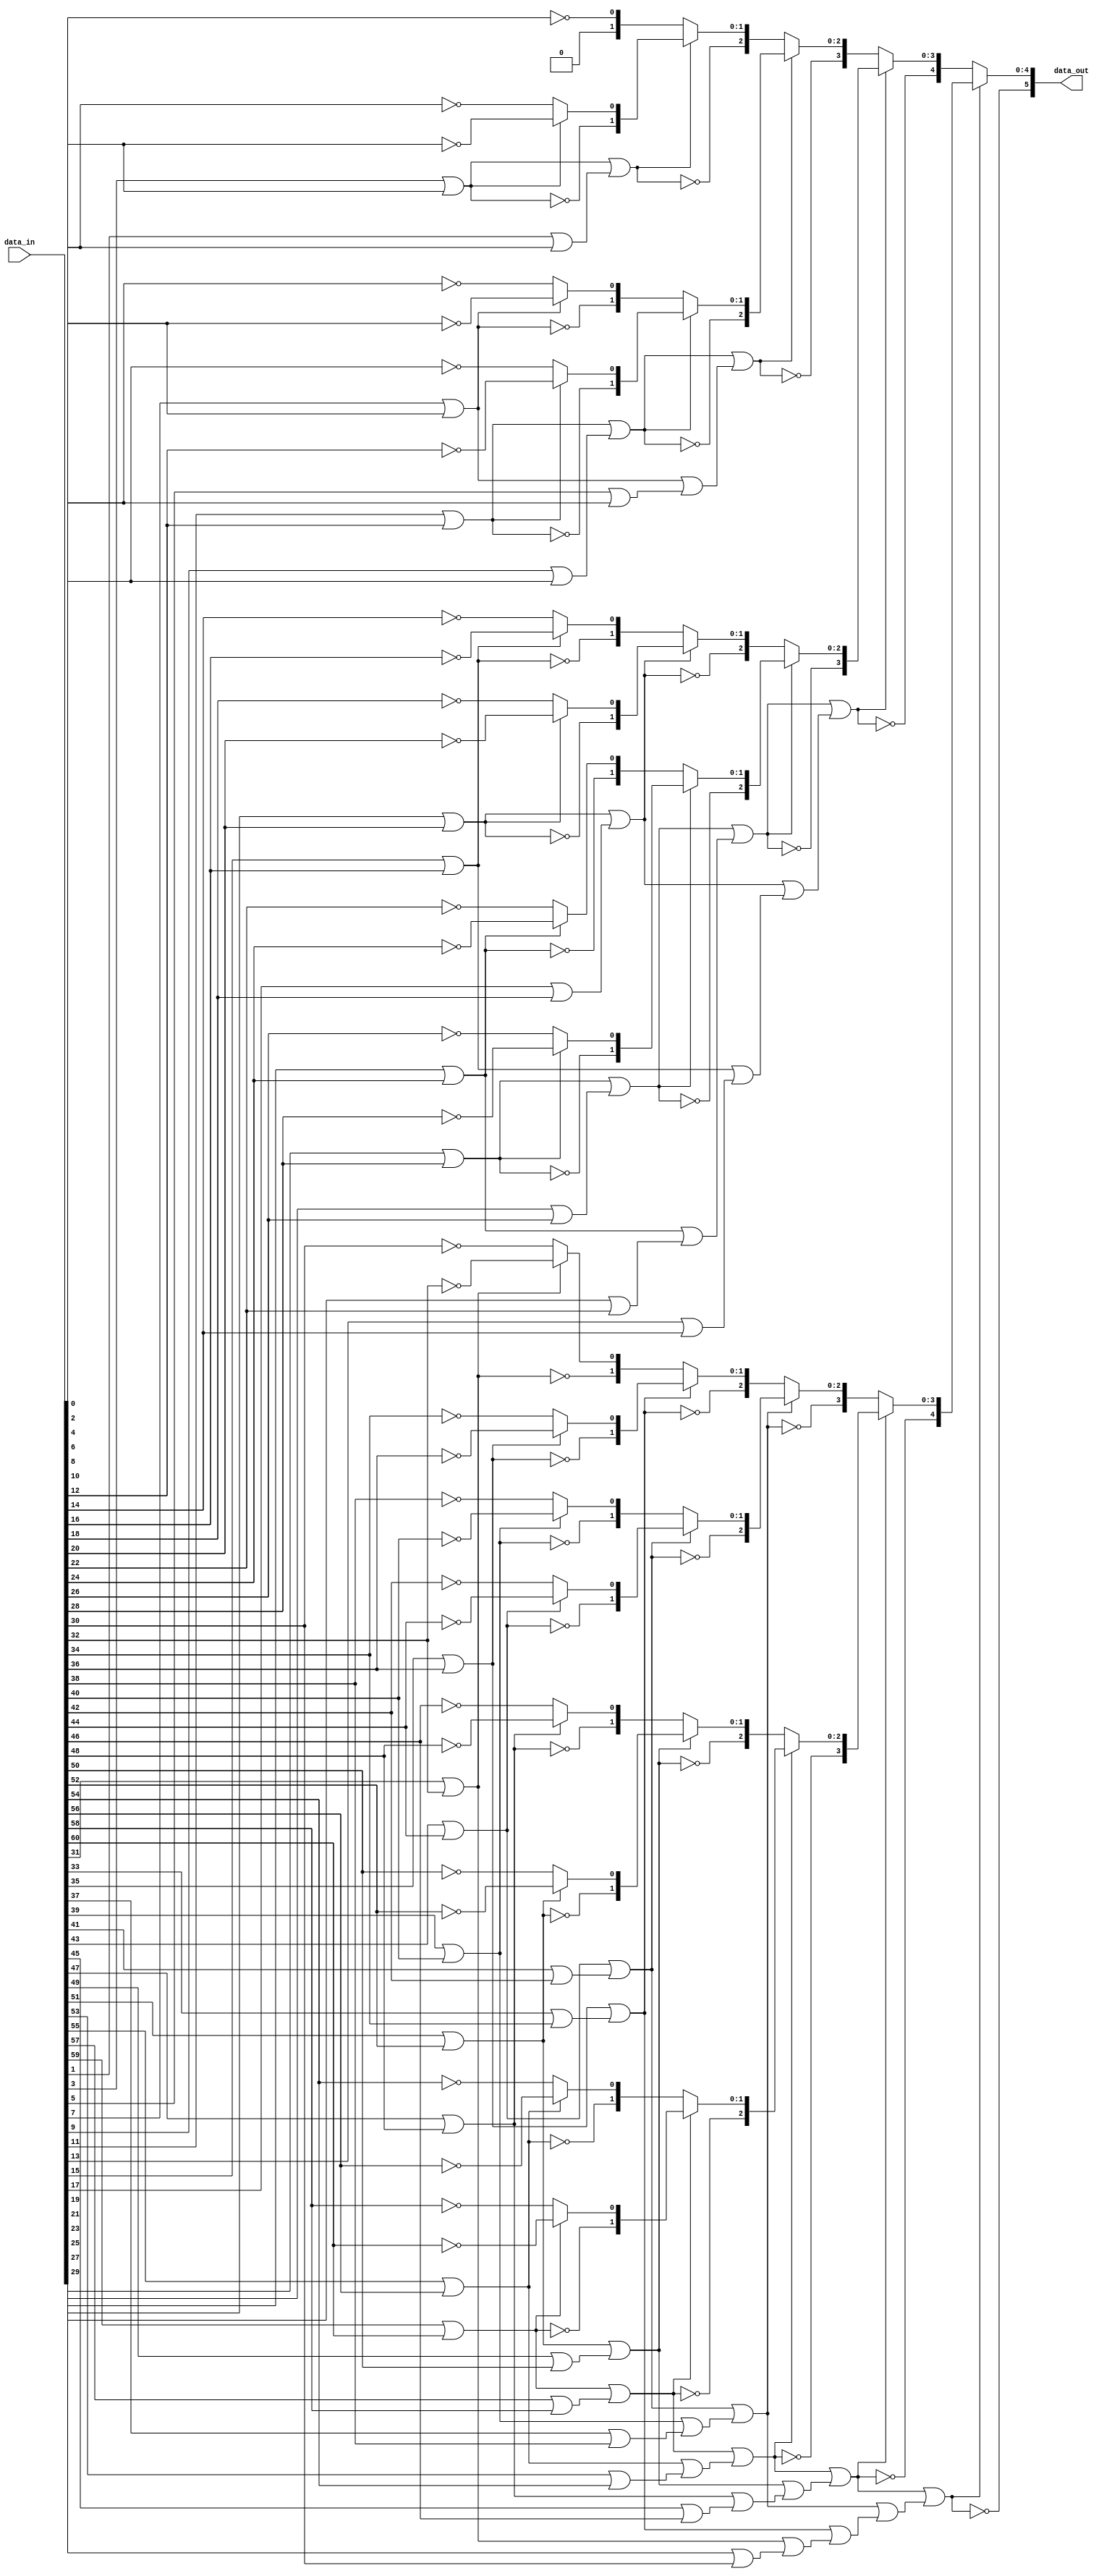

/** @module : gaussian_lzd.v - eading zero detector of 61-bit number
 *  @author : Secure Trusted and Assured Microelectronics (STAM) Center

 *  Copyright (c) 2023 PQC.Secure (STAM/SCAI/ASU)
 *  Permission is hereby granted, free of charge, to any person obtaining a copy
 *  of this software and associated documentation files (the "Software"), to deal
 *  in the Software without restriction, including without limitation the rights
 *  to use, copy, modify, merge, publish, distribute, sublicense, and/or sell
 *  copies of the Software, and to permit persons to whom the Software is
 *  furnished to do so, subject to the following conditions:
 *  The above copyright notice and this permission notice shall be included in
 *  all copies or substantial portions of the Software.

 *  THE SOFTWARE IS PROVIDED "AS IS", WITHOUT WARRANTY OF ANY KIND, EXPRESS OR
 *  IMPLIED, INCLUDING BUT NOT LIMITED TO THE WARRANTIES OF MERCHANTABILITY,
 *  FITNESS FOR A PARTICULAR PURPOSE AND NONINFRINGEMENT. IN NO EVENT SHALL THE
 *  AUTHORS OR COPYRIGHT HOLDERS BE LIABLE FOR ANY CLAIM, DAMAGES OR OTHER
 *  LIABILITY, WHETHER IN AN ACTION OF CONTRACT, TORT OR OTHERWISE, ARISING FROM,
 *  OUT OF OR IN CONNECTION WITH THE SOFTWARE OR THE USE OR OTHER DEALINGS IN
 *  THE SOFTWARE.
 */

`timescale 1 ns / 1 ps


module gaussian_lzd (
    // Data interface
    input [60:0] data_in,        // input data
    output [5:0] data_out        // output number of leading zeros
);

// Local variables
wire [63:0] d;
wire p1 [31:0];
wire [31:0] v1;
wire [1:0] p2 [15:0];
wire [15:0] v2;
wire [2:0] p3 [7:0];
wire [7:0] v3;
wire [3:0] p4 [3:0];
wire [3:0] v4;
wire [4:0] p5 [1:0];
wire [1:0] v5;
wire [5:0] p6;


// Parallel structure
assign d = {data_in, 3'b111};    // fill last 3 bits with '1'

assign p1[0 ] = ~d[1 ];
assign p1[1 ] = ~d[3 ];
assign p1[2 ] = ~d[5 ];
assign p1[3 ] = ~d[7 ];
assign p1[4 ] = ~d[9 ];
assign p1[5 ] = ~d[11];
assign p1[6 ] = ~d[13];
assign p1[7 ] = ~d[15];
assign p1[8 ] = ~d[17];
assign p1[9 ] = ~d[19];
assign p1[10] = ~d[21];
assign p1[11] = ~d[23];
assign p1[12] = ~d[25];
assign p1[13] = ~d[27];
assign p1[14] = ~d[29];
assign p1[15] = ~d[31];
assign p1[16] = ~d[33];
assign p1[17] = ~d[35];
assign p1[18] = ~d[37];
assign p1[19] = ~d[39];
assign p1[20] = ~d[41];
assign p1[21] = ~d[43];
assign p1[22] = ~d[45];
assign p1[23] = ~d[47];
assign p1[24] = ~d[49];
assign p1[25] = ~d[51];
assign p1[26] = ~d[53];
assign p1[27] = ~d[55];
assign p1[28] = ~d[57];
assign p1[29] = ~d[59];
assign p1[30] = ~d[61];
assign p1[31] = ~d[63];
assign v1[0 ] = d[0 ] | d[1 ];
assign v1[1 ] = d[2 ] | d[3 ];
assign v1[2 ] = d[4 ] | d[5 ];
assign v1[3 ] = d[6 ] | d[7 ];
assign v1[4 ] = d[8 ] | d[9 ];
assign v1[5 ] = d[10] | d[11];
assign v1[6 ] = d[12] | d[13];
assign v1[7 ] = d[14] | d[15];
assign v1[8 ] = d[16] | d[17];
assign v1[9 ] = d[18] | d[19];
assign v1[10] = d[20] | d[21];
assign v1[11] = d[22] | d[23];
assign v1[12] = d[24] | d[25];
assign v1[13] = d[26] | d[27];
assign v1[14] = d[28] | d[29];
assign v1[15] = d[30] | d[31];
assign v1[16] = d[32] | d[33];
assign v1[17] = d[34] | d[35];
assign v1[18] = d[36] | d[37];
assign v1[19] = d[38] | d[39];
assign v1[20] = d[40] | d[41];
assign v1[21] = d[42] | d[43];
assign v1[22] = d[44] | d[45];
assign v1[23] = d[46] | d[47];
assign v1[24] = d[48] | d[49];
assign v1[25] = d[50] | d[51];
assign v1[26] = d[52] | d[53];
assign v1[27] = d[54] | d[55];
assign v1[28] = d[56] | d[57];
assign v1[29] = d[58] | d[59];
assign v1[30] = d[60] | d[61];
assign v1[31] = d[62] | d[63];

assign p2[0 ] = {~v1[1 ], (v1[1 ] ? p1[1 ] : p1[0 ])};
assign p2[1 ] = {~v1[3 ], (v1[3 ] ? p1[3 ] : p1[2 ])};
assign p2[2 ] = {~v1[5 ], (v1[5 ] ? p1[5 ] : p1[4 ])};
assign p2[3 ] = {~v1[7 ], (v1[7 ] ? p1[7 ] : p1[6 ])};
assign p2[4 ] = {~v1[9 ], (v1[9 ] ? p1[9 ] : p1[8 ])};
assign p2[5 ] = {~v1[11], (v1[11] ? p1[11] : p1[10])};
assign p2[6 ] = {~v1[13], (v1[13] ? p1[13] : p1[12])};
assign p2[7 ] = {~v1[15], (v1[15] ? p1[15] : p1[14])};
assign p2[8 ] = {~v1[17], (v1[17] ? p1[17] : p1[16])};
assign p2[9 ] = {~v1[19], (v1[19] ? p1[19] : p1[18])};
assign p2[10] = {~v1[21], (v1[21] ? p1[21] : p1[20])};
assign p2[11] = {~v1[23], (v1[23] ? p1[23] : p1[22])};
assign p2[12] = {~v1[25], (v1[25] ? p1[25] : p1[24])};
assign p2[13] = {~v1[27], (v1[27] ? p1[27] : p1[26])};
assign p2[14] = {~v1[29], (v1[29] ? p1[29] : p1[28])};
assign p2[15] = {~v1[31], (v1[31] ? p1[31] : p1[30])};
assign v2[0 ] = v1[1 ] | v1[0 ];
assign v2[1 ] = v1[3 ] | v1[2 ];
assign v2[2 ] = v1[5 ] | v1[4 ];
assign v2[3 ] = v1[7 ] | v1[6 ];
assign v2[4 ] = v1[9 ] | v1[8 ];
assign v2[5 ] = v1[11] | v1[10];
assign v2[6 ] = v1[13] | v1[12];
assign v2[7 ] = v1[15] | v1[14];
assign v2[8 ] = v1[17] | v1[16];
assign v2[9 ] = v1[19] | v1[18];
assign v2[10] = v1[21] | v1[20];
assign v2[11] = v1[23] | v1[22];
assign v2[12] = v1[25] | v1[24];
assign v2[13] = v1[27] | v1[26];
assign v2[14] = v1[29] | v1[28];
assign v2[15] = v1[31] | v1[30];

assign p3[0] = {~v2[1 ], (v2[1 ] ? p2[1 ] : p2[0 ])};
assign p3[1] = {~v2[3 ], (v2[3 ] ? p2[3 ] : p2[2 ])};
assign p3[2] = {~v2[5 ], (v2[5 ] ? p2[5 ] : p2[4 ])};
assign p3[3] = {~v2[7 ], (v2[7 ] ? p2[7 ] : p2[6 ])};
assign p3[4] = {~v2[9 ], (v2[9 ] ? p2[9 ] : p2[8 ])};
assign p3[5] = {~v2[11], (v2[11] ? p2[11] : p2[10])};
assign p3[6] = {~v2[13], (v2[13] ? p2[13] : p2[12])};
assign p3[7] = {~v2[15], (v2[15] ? p2[15] : p2[14])};
assign v3[0] = v2[1 ] | v2[0 ];
assign v3[1] = v2[3 ] | v2[2 ];
assign v3[2] = v2[5 ] | v2[4 ];
assign v3[3] = v2[7 ] | v2[6 ];
assign v3[4] = v2[9 ] | v2[8 ];
assign v3[5] = v2[11] | v2[10];
assign v3[6] = v2[13] | v2[12];
assign v3[7] = v2[15] | v2[14];

assign p4[0] = {~v3[1], (v3[1] ? p3[1] : p3[0])};
assign p4[1] = {~v3[3], (v3[3] ? p3[3] : p3[2])};
assign p4[2] = {~v3[5], (v3[5] ? p3[5] : p3[4])};
assign p4[3] = {~v3[7], (v3[7] ? p3[7] : p3[6])};
assign v4[0] = v3[1] | v3[0];
assign v4[1] = v3[3] | v3[2];
assign v4[2] = v3[5] | v3[4];
assign v4[3] = v3[7] | v3[6];

assign p5[0] = {~v4[1], (v4[1] ? p4[1] : p4[0])};
assign p5[1] = {~v4[3], (v4[3] ? p4[3] : p4[2])};
assign v5[0] = v4[1] | v4[0];
assign v5[1] = v4[3] | v4[2];

assign p6 = {~v5[1], (v5[1] ? p5[1] : p5[0])};


// Output data
assign data_out = p6;


endmodule